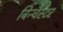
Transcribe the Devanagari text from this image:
बिन्चैस्टर